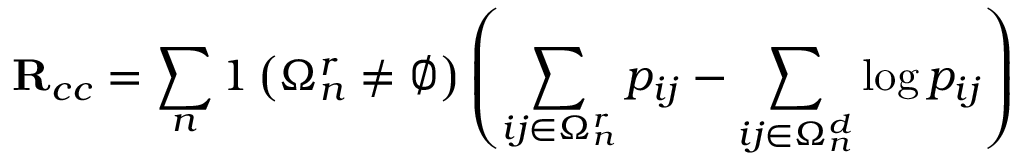
\mathbf { R } _ { c c } = \sum _ { n } 1 \left( \Omega _ { n } ^ { r } \neq \null \varnothing \right) \left( \sum _ { i j \in \Omega _ { n } ^ { r } } p _ { i j } - \sum _ { i j \in \Omega _ { n } ^ { d } } \log p _ { i j } \right)